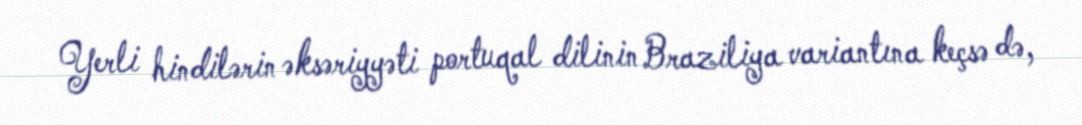
Yerli hindilərin əksəriyyəti portuqal dilinin Braziliya variantına keçsə də,